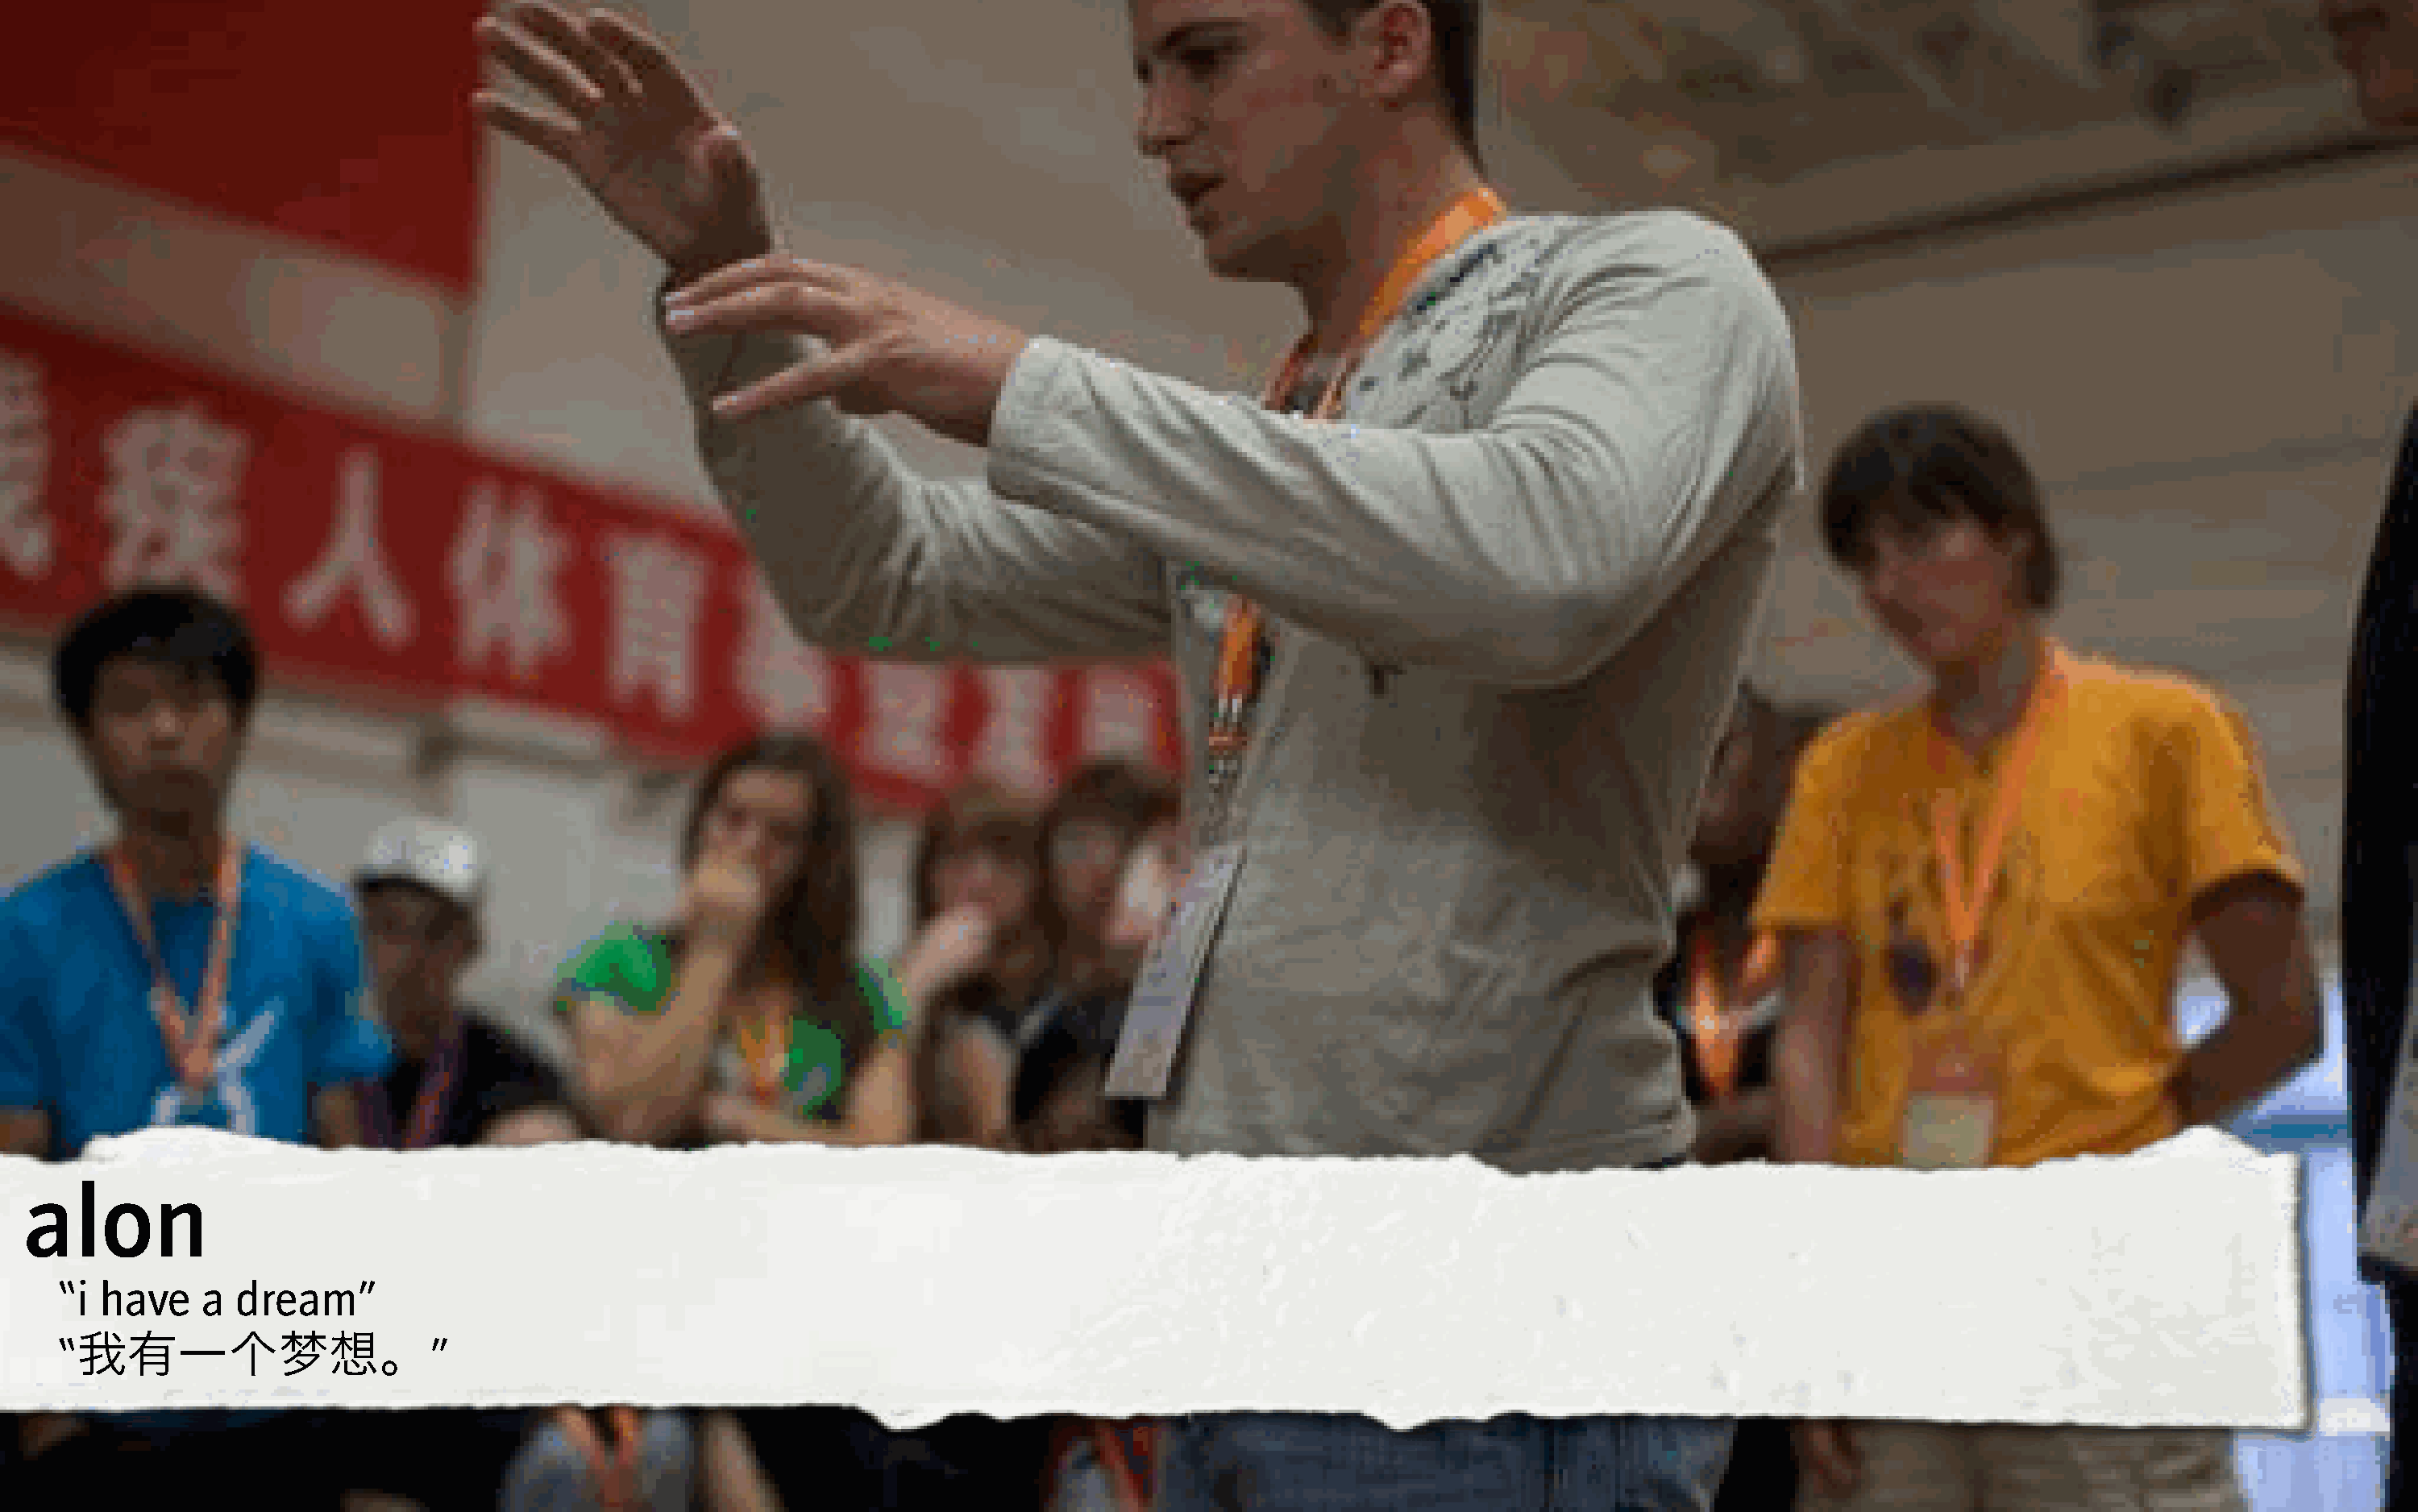
alon
 “i have     a dream”
 “                             ”
 我有一个梦想。